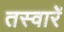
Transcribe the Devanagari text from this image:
तस्‍वारें